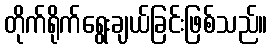
တိုက်ရိုက်ရွေးချယ်ခြင်းဖြစ်သည်။